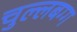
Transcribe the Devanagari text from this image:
चुल्लबग्ग